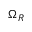
\Omega _ { R }